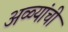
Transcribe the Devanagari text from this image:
अळ्यांची